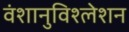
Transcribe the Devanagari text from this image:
वंशानुविश्लेशन